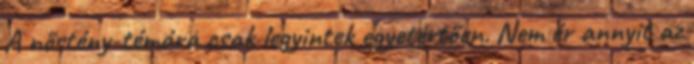
A nőstény-témára csak legyintek egyetértően. Nem ér annyit az